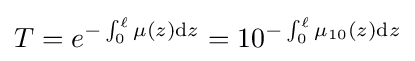
T=e^{-\int _{0}^{\ell }\mu (z)\mathrm {d} z}=10^{-\int _{0}^{\ell }\mu _{10}(z)\mathrm {d} z}